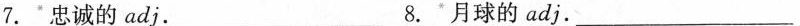
7.忠诚的adj.___8.月球的adj.___